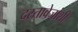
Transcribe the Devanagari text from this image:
दस्तावेजांशी